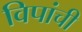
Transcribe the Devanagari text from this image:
विपांची